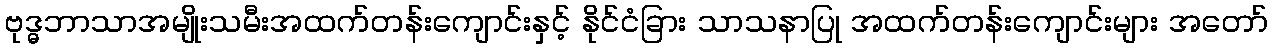
ဗုဒ္ဓဘာသာအမျိုးသမီးအထက်တန်းကျောင်းနှင့် နိုင်ငံခြား သာသနာပြု အထက်တန်းကျောင်းများ အတော်